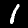
Label: 1